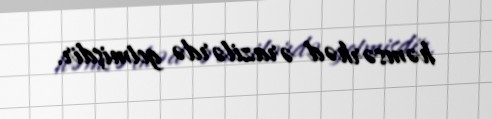
həmsərhəd ərazilərdə getmişdir.